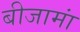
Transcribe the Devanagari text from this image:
बीजामां